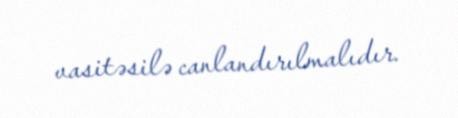
vasitəsilə canlandırılmalıdır.